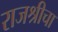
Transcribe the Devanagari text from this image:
राजश्रीचा